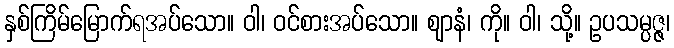
နှစ်ကြိမ်မြောက်ရအပ်သော။ ဝါ၊ ဝင်စားအပ်သော။ ဈာနံ၊ ကို။ ဝါ၊ သို့။ ဥပသမ္ပဇ္ဇ၊